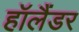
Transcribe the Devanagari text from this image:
हॉलैंडर